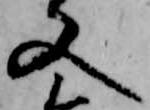
又